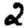
Digit: 2